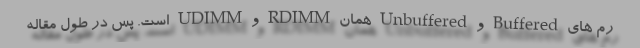
رم های Buffered و Unbuffered همان RDIMM و UDIMM است. پس در طول مقاله